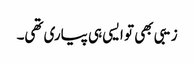
زیبی بھی تو ایسی ہی پیاری تھی۔